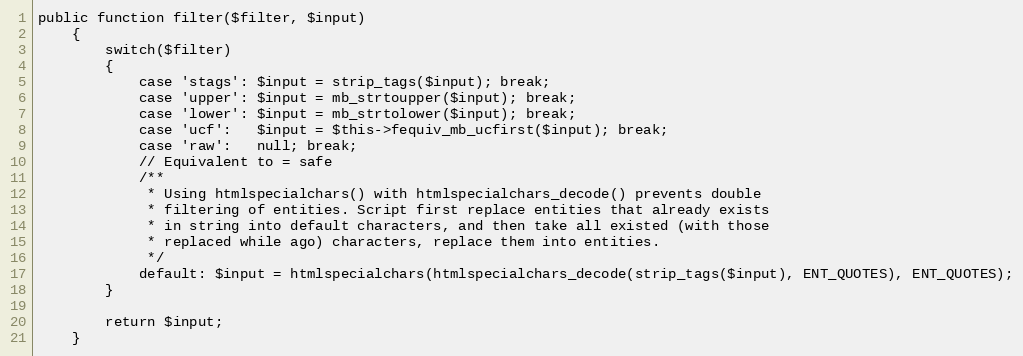
Language: PHP
public function filter($filter, $input)
    {
        switch($filter)
        {
            case 'stags': $input = strip_tags($input); break;
            case 'upper': $input = mb_strtoupper($input); break;
            case 'lower': $input = mb_strtolower($input); break;
            case 'ucf':   $input = $this->fequiv_mb_ucfirst($input); break;
            case 'raw':   null; break;
            // Equivalent to = safe
            /**
             * Using htmlspecialchars() with htmlspecialchars_decode() prevents double
             * filtering of entities. Script first replace entities that already exists
             * in string into default characters, and then take all existed (with those
             * replaced while ago) characters, replace them into entities.
             */
            default: $input = htmlspecialchars(htmlspecialchars_decode(strip_tags($input), ENT_QUOTES), ENT_QUOTES);
        }

        return $input;
    }